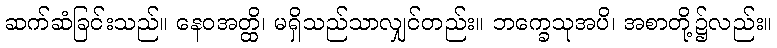
ဆက်ဆံခြင်းသည်။ နေဝအတ္ထိ၊ မရှိသည်သာလျှင်တည်း။ ဘက္ခေသုအပိ၊ အစာတို့၌လည်း။